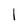
Character: I